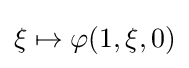
\xi \mapsto \varphi (1,\xi ,0)